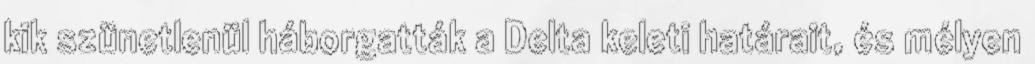
kik szünetlenül háborgatták a Delta keleti határait, és mélyen